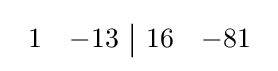
{\begin{array}{rr|rr}1&-13&16&-81\end{array}}